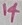
Text: 14